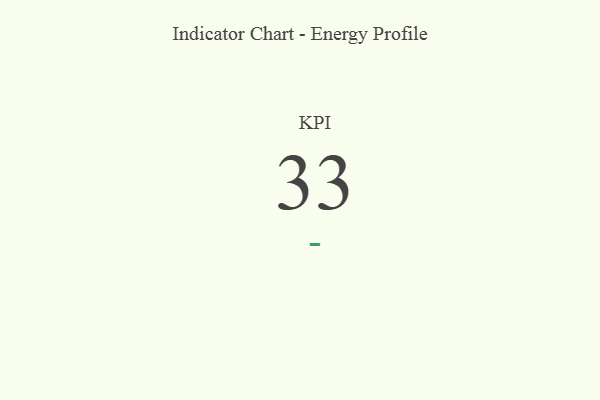
{"axis": {"x": "KPI", "y": "Value"}, "legend": [""], "data": [{"x": "KPI", "y": 33, "type": ""}]}